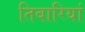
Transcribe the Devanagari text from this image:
तिबारियां